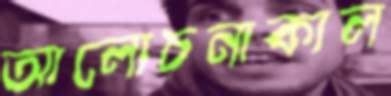
আলোচনাকাল